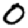
Digit: 0